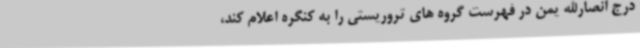
درج انصارالله یمن در فهرست گروه های تروریستی را به کنگره اعلام کند،